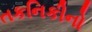
તકનિકીનો